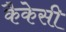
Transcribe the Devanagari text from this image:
कैकेसी